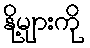
နို့များကို